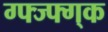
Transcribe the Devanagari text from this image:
ग्फ्ज्फ्ग्क